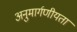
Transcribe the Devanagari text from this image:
अनुमार्गणीयता